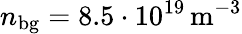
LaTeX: n_{\mathrm{bg}}=8.5\cdot 10^{19}\, \mathrm{m^{-3}}